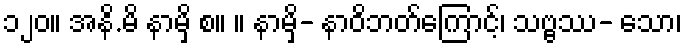
၁၂၀။ အနိ.မိ နာမှိ စ။ ။ နာမှိ- နာဝိဘတ်ကြောင့်၊ သဗ္ဗဿ- သော၊